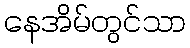
နေအိမ်တွင်သာ